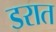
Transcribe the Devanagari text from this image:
डरात